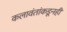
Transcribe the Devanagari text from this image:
कलावंतांकडूनही